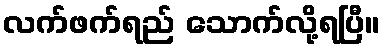
လက်ဖက်ရည် သောက်လို့ရပြီ။